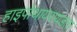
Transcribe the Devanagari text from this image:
हाइपोथायरायडता